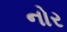
નોર